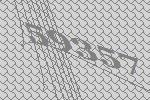
59357